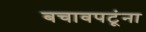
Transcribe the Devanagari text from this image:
बचावपटूंना